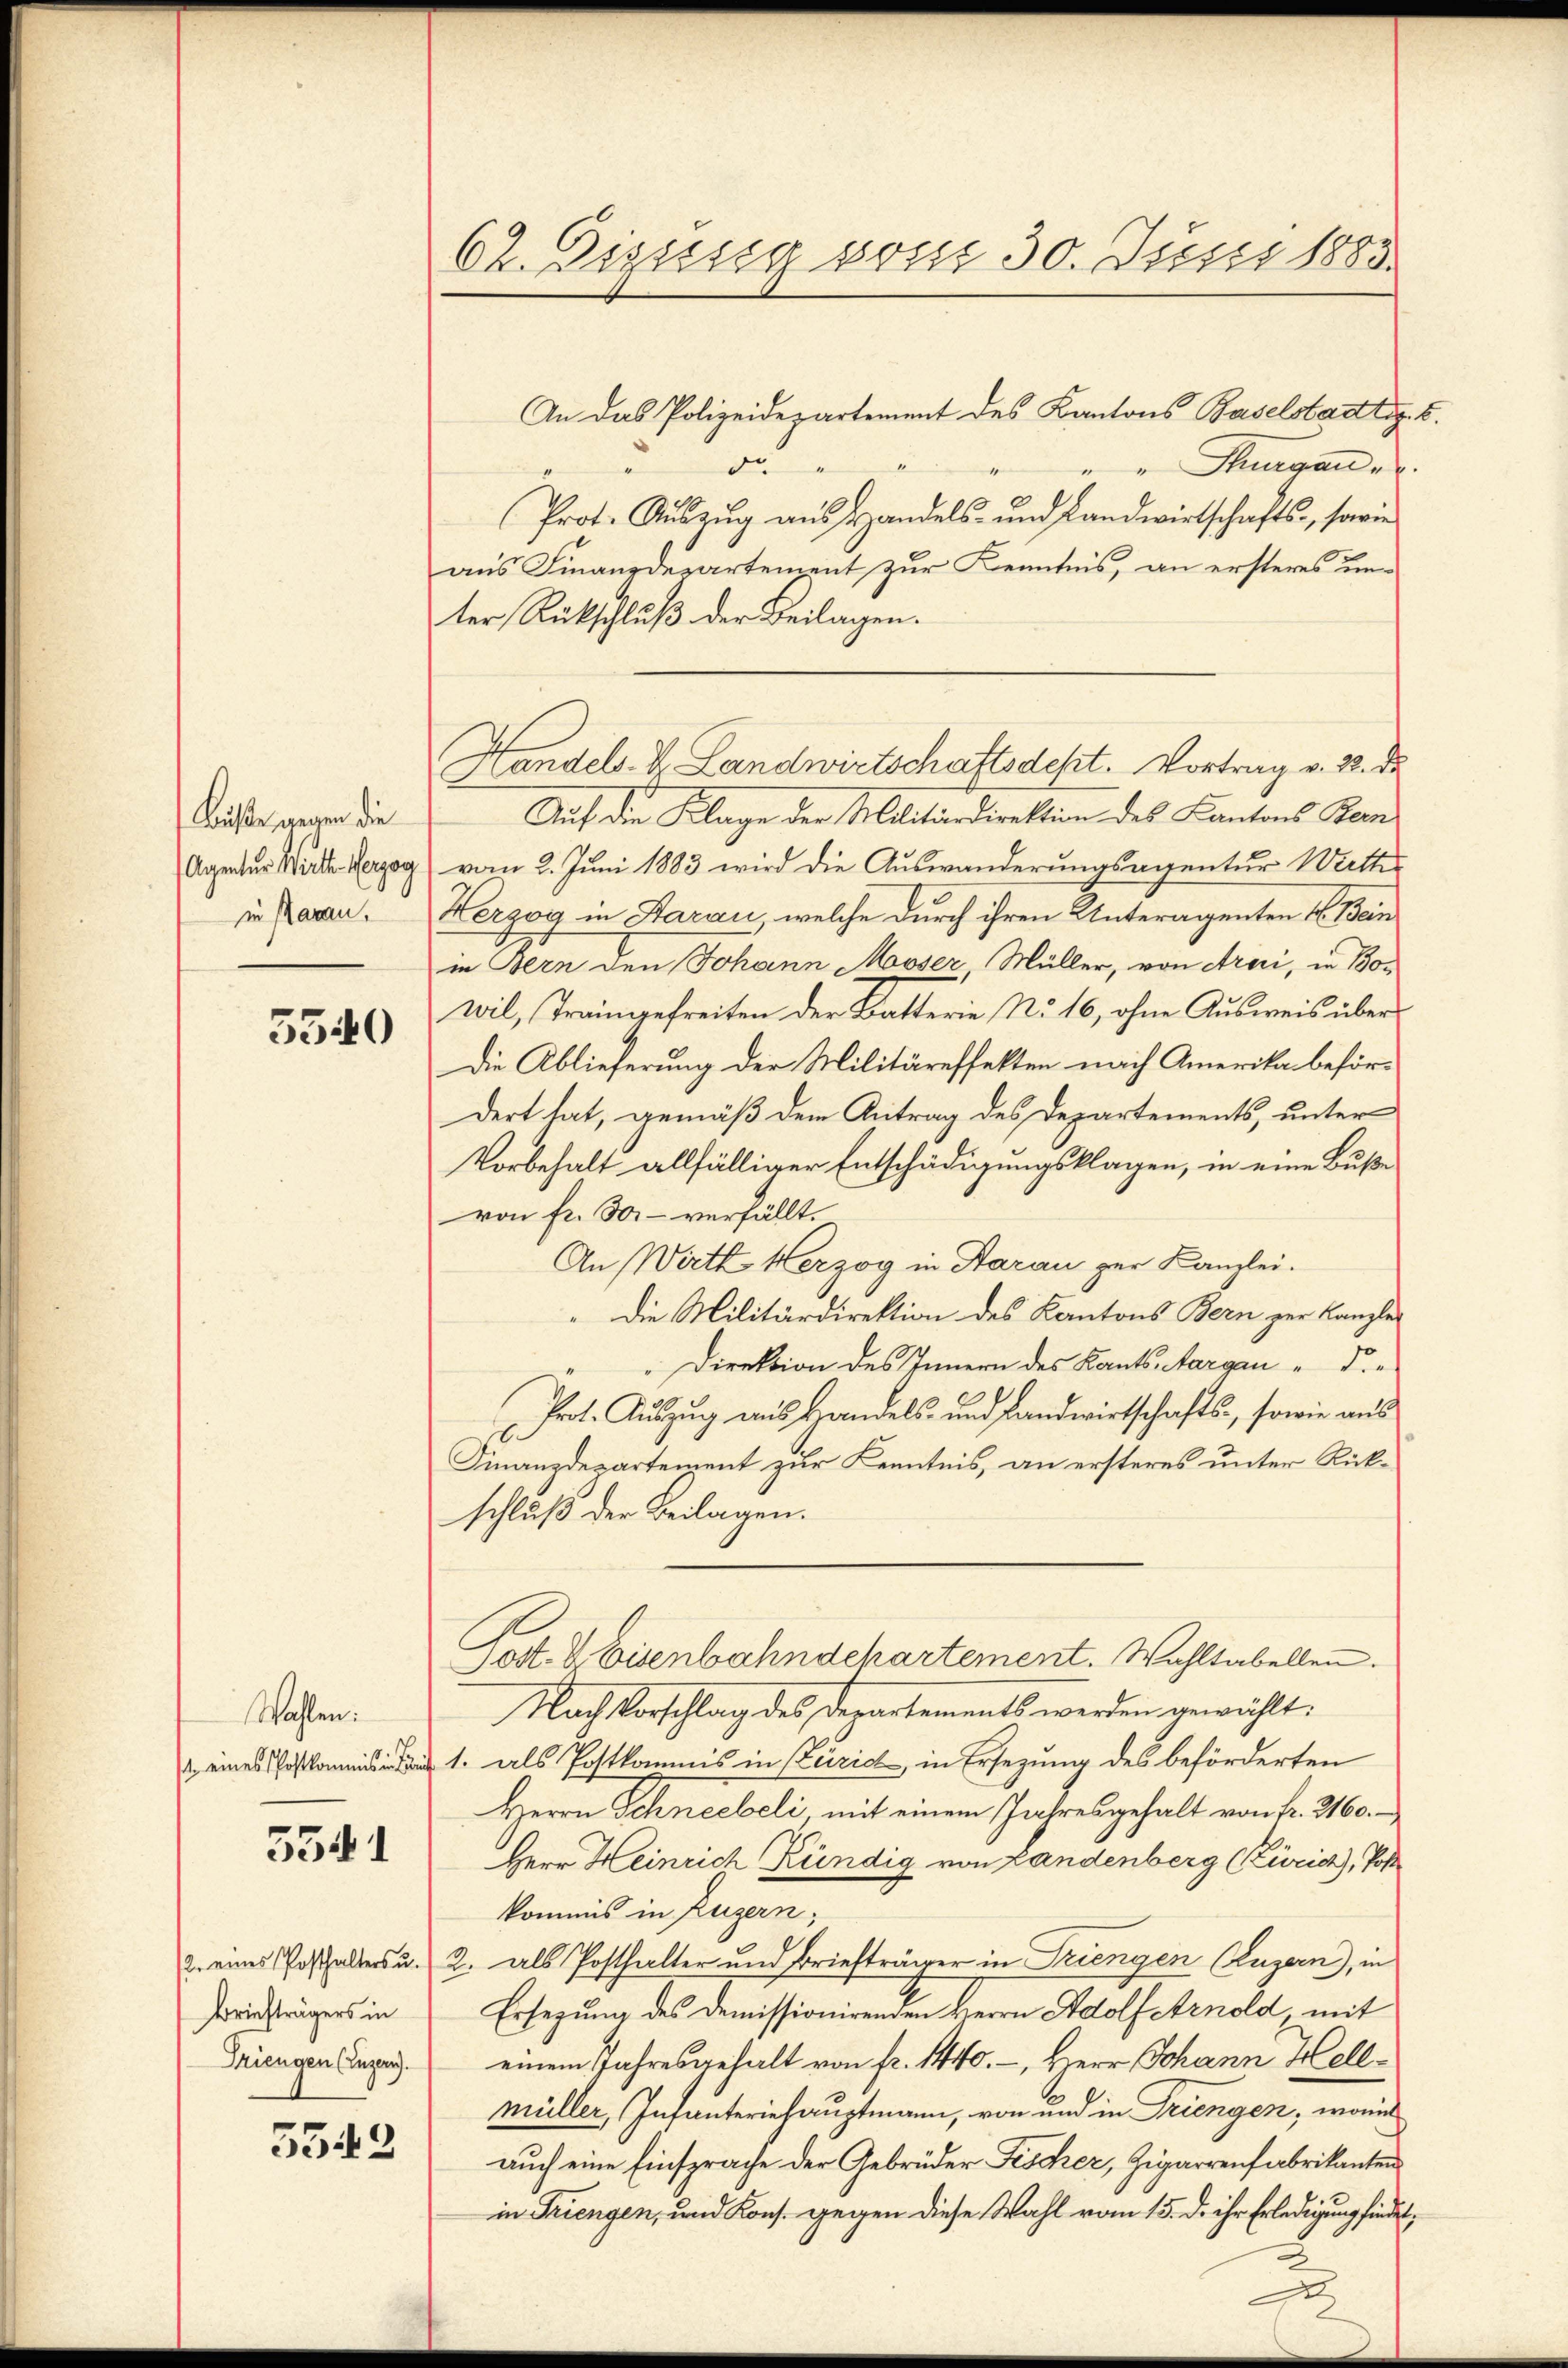
Buße wegen die
Agentur Wirth Herzog
in Paran.

5540

Wahlen.
 eines Postkommis in S

5541

Briefträgers in
Triengen (Luzern).

5542

62. Diesig vom 30. Junii 1883.

An das Polizeidepartement des Kantons Baselstadtr. 6.
x
de
"" Thurgau er
Prot. Aŭszŭg aŭs Handels- und Landwirtschafts-, sowie
aus Finanzdepartement zur Kenntnis, an ersteres unter Rückschluß der Beilagen.
Auf die Klage der Militärdirektion des Kantons Bern
vom 2. Juni 1883 wird die Auswanderungsagentur Wirthe
Herzog in Saran, welche durch ihren Unteragenten k. Bein
in Bern den Johann Moser Müller, von Arari, in Bowil, Traingefreiten der Batterie No 16, ohne Ausweis über¬
Die Ablieferung der Militäreffekten nach Amerika befördert hat, gemäß dem Antrag des Departements, unter
Vorbehalt allfälliger Entschädigungsklagen, in eine Buße
von fr. 3. verfällt.
An Wirtt Herzog in Aarau zur Kanzlei.
Die Militärdirektion des Kantons Bern zur Kanzlei
" Direktion des Innern des Kants targau d.
Prot. Auszug aus Handels- und Landwirtschafts-, sowie aus
Finanzdepartement zur Kenntnis, an ersteres unter Rückschluß der Beilagen.
ost. V Eisenbahndchartement. Wahltabellen.
Nach Vorschlag des Departements werden gewählt.
1. als Postkommis in Zürid, in Ersezung des beförderten
Herrn Schneebeli mit einem Jahresgehalt von Fr. 2160.
Herr Heinrich Kündig von Landenberg (Zürich), Post
kommis in Luzern,
2 eines Posthalters u. 2. als Posthalter und Briefträger in Triengen (Luzern), in
Ersezung des Demissionirenden Herrn Adolf Arnold mit
einem Jahresgehalt von fr. 1440.-, Herr Johann Hellmüller, Infanteriehauptmann, von und in Triengen, worin
auch eine Einsprache der Gebrüder Fischer, Zigarrenfabrikanten
in Triengen, und Kons. gegen diese Wahl vom 15. d. ihr Erledigung findet

Handels- K. Landwirtschaftsdest. Vortrag v. 28. de